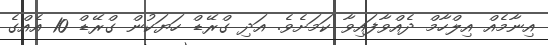
އިނާމެއް އިލްހާމް ދެއްވާފައިވާ ކަމަށެވެ. އަދި ގްރޭޑް ހަޔަކުން ގްރޭޑް 10 އެއްގެ